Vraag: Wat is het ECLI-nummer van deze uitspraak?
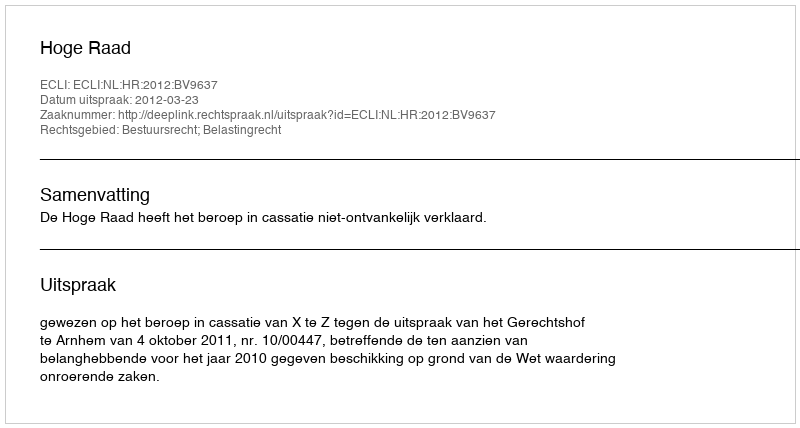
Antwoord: ECLI:NL:HR:2012:BV9637